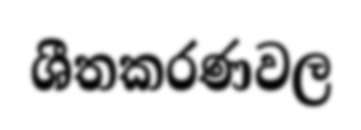
ශීතකරණවල